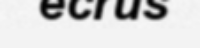
ecrus